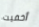
أخفيت